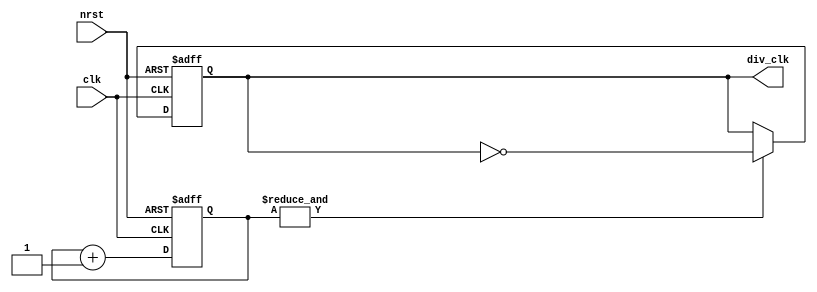
`timescale 1ns / 1ps

// frequency divider

module fdiv(
    input clk,
    input nrst,
    output reg div_clk
    );
	
	reg [23:0] delay;
	
	// delay
	always@(posedge clk or negedge nrst) begin
		if (!nrst) begin
			delay <= 24'b0;
		end
		else begin
			delay <= delay + 1'b1;
		end
	end
	
	// div_clk
	always@(posedge clk or negedge nrst) begin
		if (!nrst) begin
			div_clk <= 0;
		end
		else begin
			if (&delay) div_clk <= ~div_clk;
			else div_clk <= div_clk;
		end
	end
	
endmodule